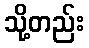
သို့တည်း